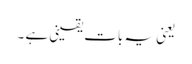
یعنی یہ بات یقینی ہے ۔